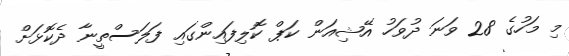
މި މަހުގެ 28 ވަނަ ދުވަހު އޭޝިއަން ކަޕް ކޮލިފައިންގައި ފަލަސްތީނާ ދެކޮޅަށް